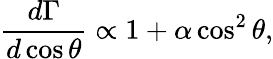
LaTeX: \frac{d\Gamma}{d\cos\theta}\propto 1+\alpha\cos^{2}\theta,